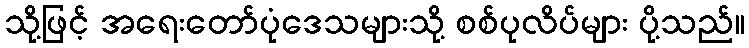
သို့ဖြင့် အရေးတော်ပုံဒေသများသို့ စစ်ပုလိပ်များ ပို့သည်။